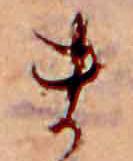
ま